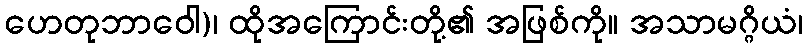
ဟေတုဘာဝေါ)၊ ထိုအကြောင်းတို့၏ အဖြစ်ကို။ အသာမဂ္ဂိယံ၊